Vaccination in Bombay 1869-1873 - 1869-1873
Year: 1869
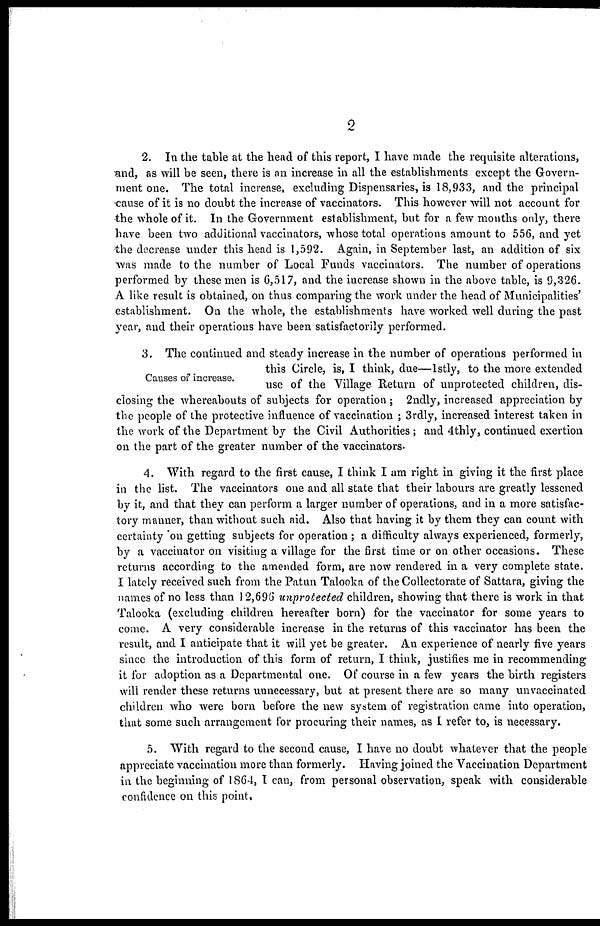
2
2. In the table at the head of this report, I have made the requisite alterations,
and, as will be seen, there is an increase in all the establishments except the Govern-
ment one. The total increase, excluding Dispensaries, is 18,933, and the principal
cause of it is no doubt the increase of vaccinators. This however will not account for
the whole of it. In the Government establishment, but for a few months only, there
have been two additional vaccinators, whose total operations amount to 556, and yet
the decrease under this head is 1,592. Again, in September last, an addition of six
was made to the number of Local Funds vaccinators. The number of operations
performed by these men is 6,517, and the increase shown in the above table, is 9,326.
A like result is obtained, on thus comparing the work under the head of Municipalities'
establishment. On the whole, the establishments have worked well during the past
year, and their operations have been satisfactorily performed.
Causes of increase.
3. The continued and steady increase in the number of operations performed in
this Circle, is, I think, due—1stly, to the more extended
use of the Village Return of unprotected children, dis-
closing the whereabouts of subjects for operation ; 2ndly, increased appreciation by
the people of the protective influence of vaccination ; 3rdly, increased interest taken in
the work of the Department by the Civil Authorities; and 4thly, continued exertion
on the part of the greater number of the vaccinators.
4. With regard to the first cause, I think I am right in giving it the first place
in the list. The vaccinators one and all state that their labours are greatly lessened
by it, and that they can perform a larger number of operations, and in a more satisfac-
tory manner, than without such aid. Also that having it by them they can count with
certainty on getting subjects for operation ; a difficulty always experienced, formerly,
by a vaccinator on visiting a village for the first time or on other occasions. These
returns according to the amended form, are now rendered in a very complete state.
I lately received such from the Patun Talooka of the Collectorate of Sattara, giving the
names of no less than 12,696 unprotected children, showing that there is work in that
Talooka (excluding children hereafter born) for the vaccinator for some years to
come. A very considerable increase in the returns of this vaccinator has been the
result, and I anticipate that it will yet be greater. An experience of nearly five years
since the introduction of this form of return, I think, justifies me in recommending
it for adoption as a Departmental one. Of course in a few years the birth registers
will render these returns unnecessary, but at present there are so many unvaccinated
children who were born before the new system of registration came into operation,
that some such arrangement for procuring their names, as I refer to, is necessary.
5. With regard to the second cause, I have no doubt whatever that the people
appreciate vaccination more than formerly. Having joined the Vaccination Department
in the beginning of 1864, I can, from personal observation, speak with considerable
confidence on this point.